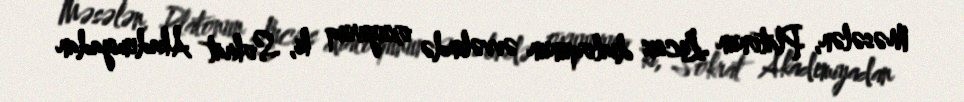
Məsələn, Platonun Lucius dialoqunun əvvəlində oxuyuruq ki, Sokrat Akademiyadan